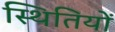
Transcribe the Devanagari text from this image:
स्‍थितियों